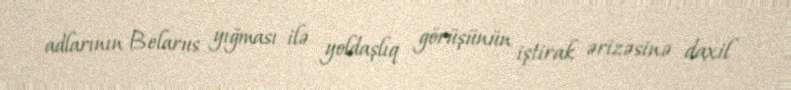
adlarının Belarus yığması ilə yoldaşlıq görüşünün iştirak ərizəsinə daxil